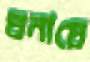
ঘনায়ে